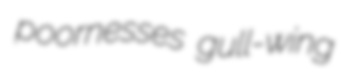
poornesses gull-wing